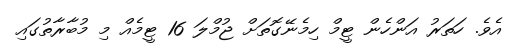
އެވެ. ހަތަރު އަންހެން ޓީމް ހިމެނޭގޮތަށް ޖުމްލަ 16 ޓީމެއް މި މުބާރާތުގައި